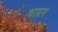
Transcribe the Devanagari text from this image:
वाग्रम